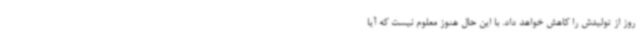
روز از تولیدش را کاهش خواهد داد. با این حال هنوز معلوم نیست که آیا